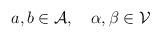
LaTeX: \begin{align*}a,b\in {\cal A},\quad \alpha ,\beta \in {\cal V}\end{align*}